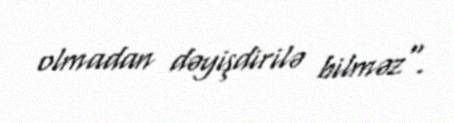
olmadan dəyişdirilə bilməz".